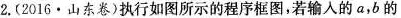
2. (2016 \bullet 山东卷)执行如图所示的程序框图，若输入的a，b的